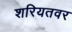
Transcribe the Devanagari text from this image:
शरियतवर